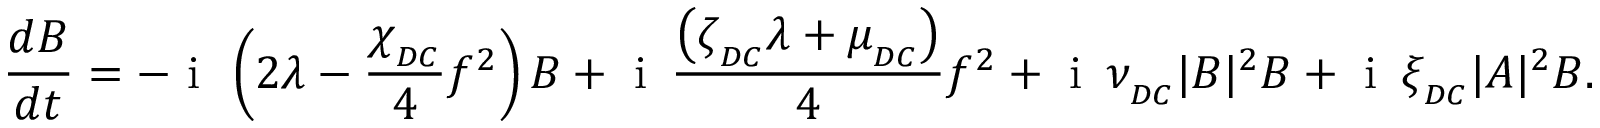
\frac { d B } { d t } = - \mathrm { ~ i ~ } \, \left( 2 \lambda - \frac { \chi _ { _ { D C } } } { 4 } f ^ { 2 } \right) B + \mathrm { ~ i ~ } \, \frac { \left( \zeta _ { _ { D C } } \lambda + \mu _ { _ { D C } } \right) } { 4 } f ^ { 2 } + \mathrm { ~ i ~ } \, \nu _ { _ { D C } } | B | ^ { 2 } B + \mathrm { ~ i ~ } \, \xi _ { _ { D C } } | A | ^ { 2 } B .